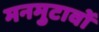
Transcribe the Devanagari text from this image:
मनमुटावों